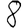
Digit: 8